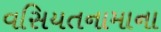
વસિયતનામાના